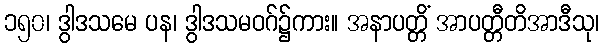
၁၅၀၊ ဒွါဒသမေ ပန၊ ဒွါဒသမဝဂ်၌ကား။ အနာပတ္တိံ အာပတ္တီတိအာဒီသု၊